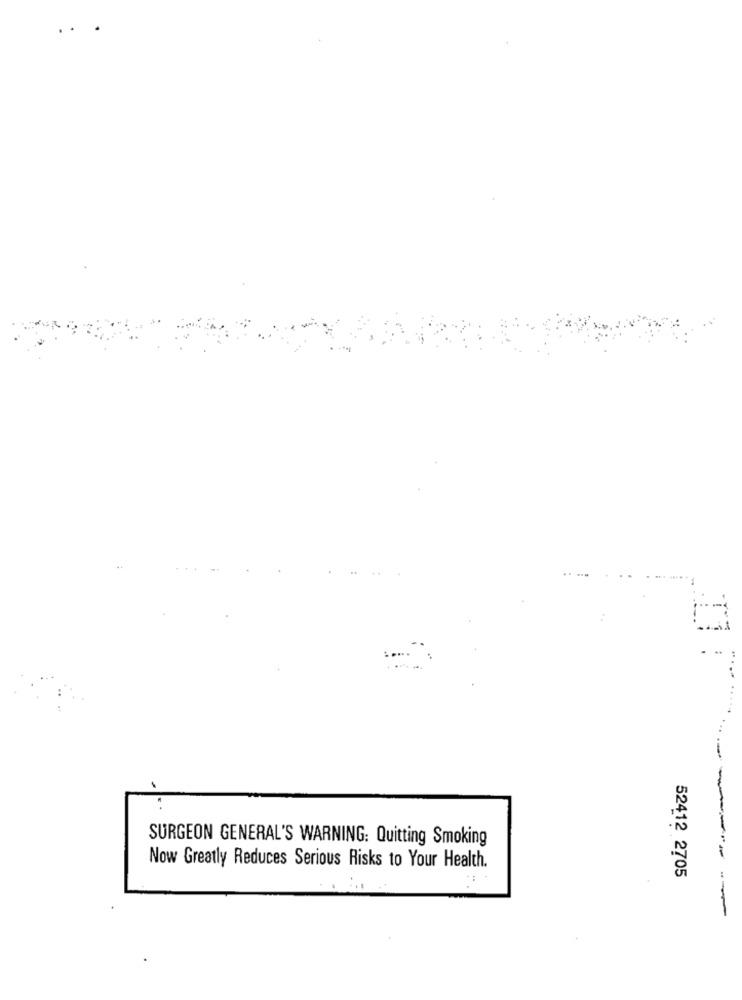
..
-
SURGEON GENERAL'S WARNING: Quitting Smoking
Now Greatly Reduces Serious Risks to Your Health.
52412 2705
-----